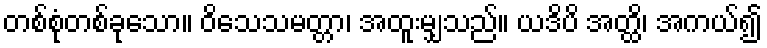
တစ်စုံတစ်ခုသော။ ဝိသေသမတ္တာ၊ အထူးမျှသည်။ ယဒိပိ အတ္ထိ၊ အကယ်၍